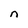
Character: n